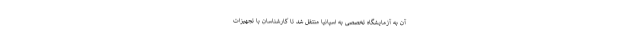
آن به آزمایشگاه تخصصی به اسپانیا منتقل شد تا کارشناسان با تجهیزات